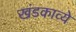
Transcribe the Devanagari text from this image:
खंडकाव्ये